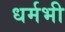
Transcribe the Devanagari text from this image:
धर्मभी